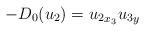
LaTeX: \begin{align*}-D_0(u_2)={u_2}_{x_3}{u_3}_y\end{align*}